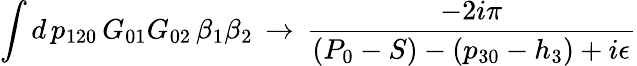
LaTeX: \int d\, p_{120}\, G_{01}G_{02}\, \beta_{1}\beta_{2}\, \to\, {\frac{-2i\pi}{(P_{0}-S)-(p_{30}-h_{3})+i\epsilon}}